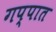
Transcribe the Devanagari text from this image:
गप्पात